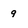
Character: 9